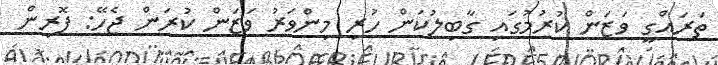
ތަރައްގީ ވަޒަން ކުރުމުގައި ގާބިލުކަން ހުރި މިންވަރު ވަޒަން ކުރަން ޖެހޭ: ފޮރިން